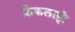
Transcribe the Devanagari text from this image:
फ्रँकलाही